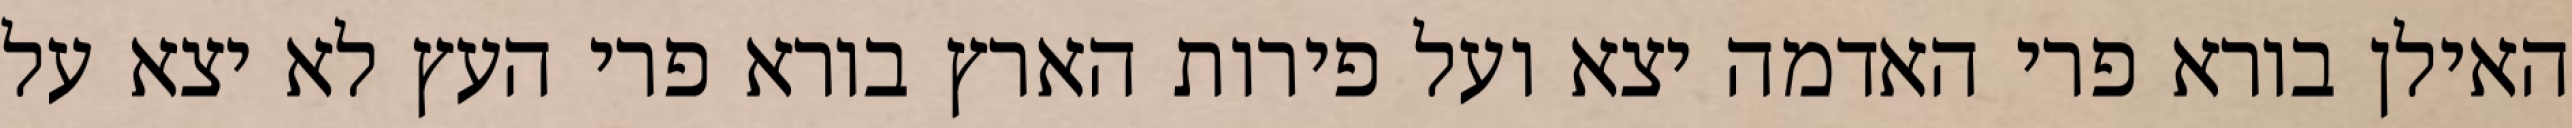
האילן בורא פרי האדמה יצא ועל פירות הארץ בורא פרי העץ לא יצא על